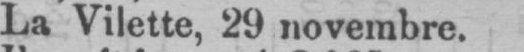
La Vilette, 29 novembre.